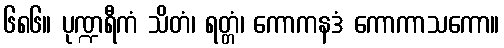
၆၈၆။ ပုဏ္ဍရီကံ သိတံ၊ ရတ္တံ၊ ကောကနဒံ ကောကာသကော။